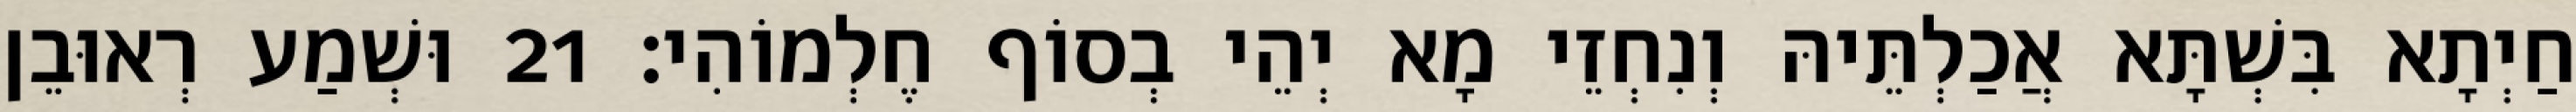
חַיְתָא בִּשְׁתָּא אֲכַלְתֵּיהּ וְנִחְזֵי מָא יְהֵי בְסוֹף חֶלְמוֹהִי׃ 21 וּשְׁמַע רְאוּבֵן